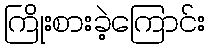
ကြိုးစားခဲ့ကြောင်း